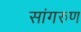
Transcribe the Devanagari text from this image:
सांगरुण